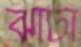
ঝাটা